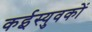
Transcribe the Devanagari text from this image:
कईस्युवकों